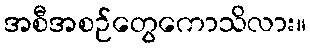
အစီအစဉ်တွေကောသိလား။